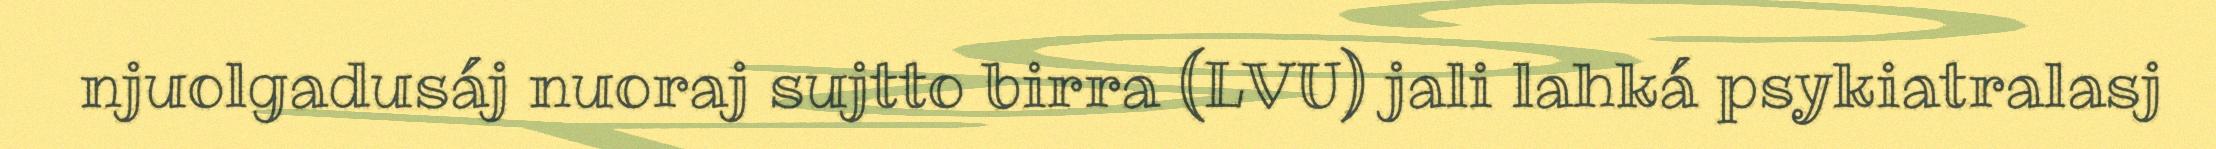
njuolgadusáj nuoraj sujtto birra (LVU) jali lahká psykiatralasj